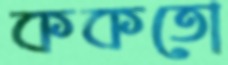
ককতো